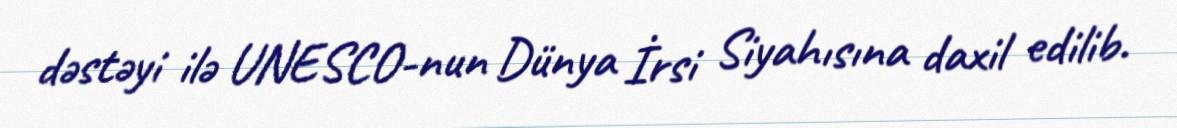
dəstəyi ilə UNESCO-nun Dünya İrsi Siyahısına daxil edilib.